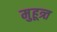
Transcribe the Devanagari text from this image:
मुहूत्र्त